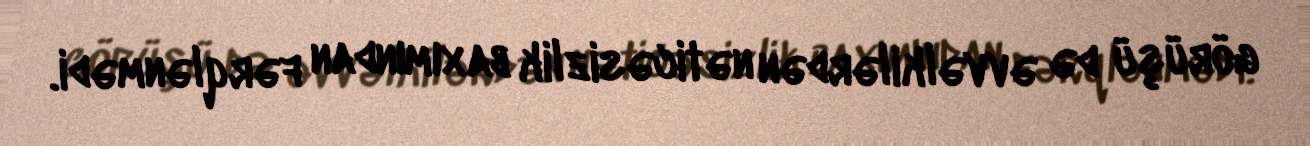
görüşü də əvvəlkilərdən nəticəsizlik baxımından fərqlənmədi.